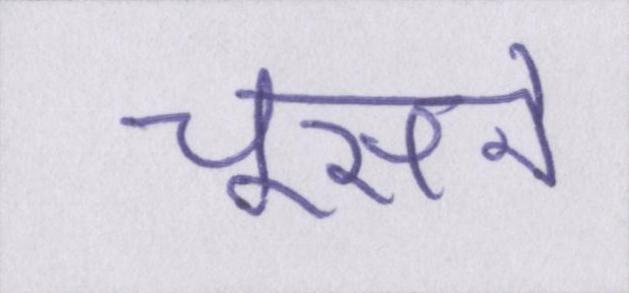
चूसने